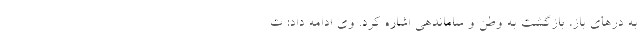
به درهای باز، بازگشت به وطن و ساماندهی اشاره کرد. وی ادامه داد: ت